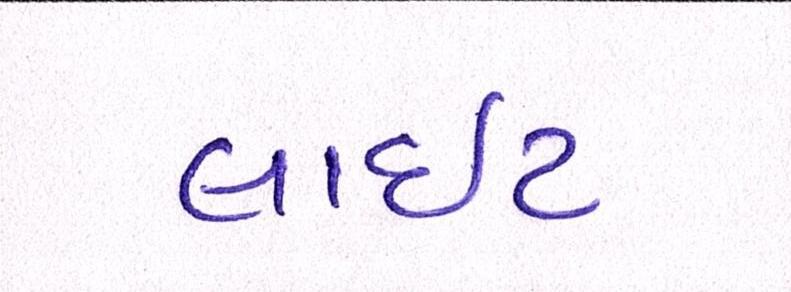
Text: લાઇટ